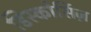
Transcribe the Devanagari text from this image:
डिस्कोर्सिज़